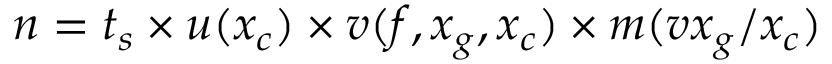
n = t _ { s } \times u ( x _ { c } ) \times v ( f , x _ { g } , x _ { c } ) \times m ( v x _ { g } / x _ { c } )